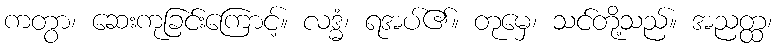
ကတွာ၊ ဆေးကုခြင်းကြောင့်။ လဒ္ဓံ၊ ရအပ်၏။ တုမှေ၊ သင်တို့သည်။ အညတ္ထ၊